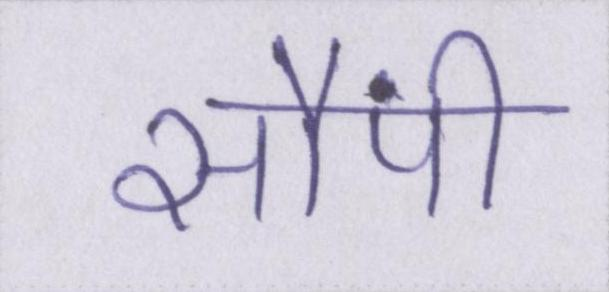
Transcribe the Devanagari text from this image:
सौंपी